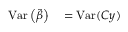
\begin{array} { r l r l } { \operatorname { V a r } \left( { \tilde { \beta } } \right) } & { { } = \operatorname { V a r } ( C y ) } \end{array}